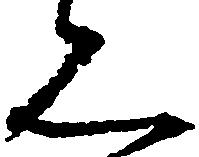
見